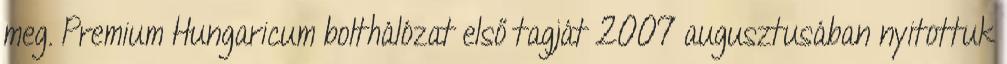
meg. Premium Hungaricum bolthálózat első tagját 2007 augusztusában nyitottuk